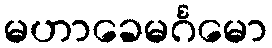
မဟာခေမင်္ဂမော